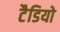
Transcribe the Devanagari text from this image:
टैडियो